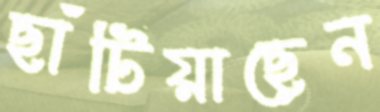
ছাঁটিয়াছেন